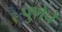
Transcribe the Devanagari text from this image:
पुणेचे